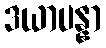
ဒယာပန္နာ